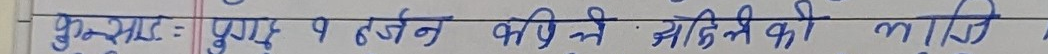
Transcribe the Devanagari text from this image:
प्रश्न: पृष्ठ १ टर्जन कपिले अग्निले मारुति